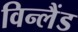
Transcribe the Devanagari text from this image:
विन्लैंड